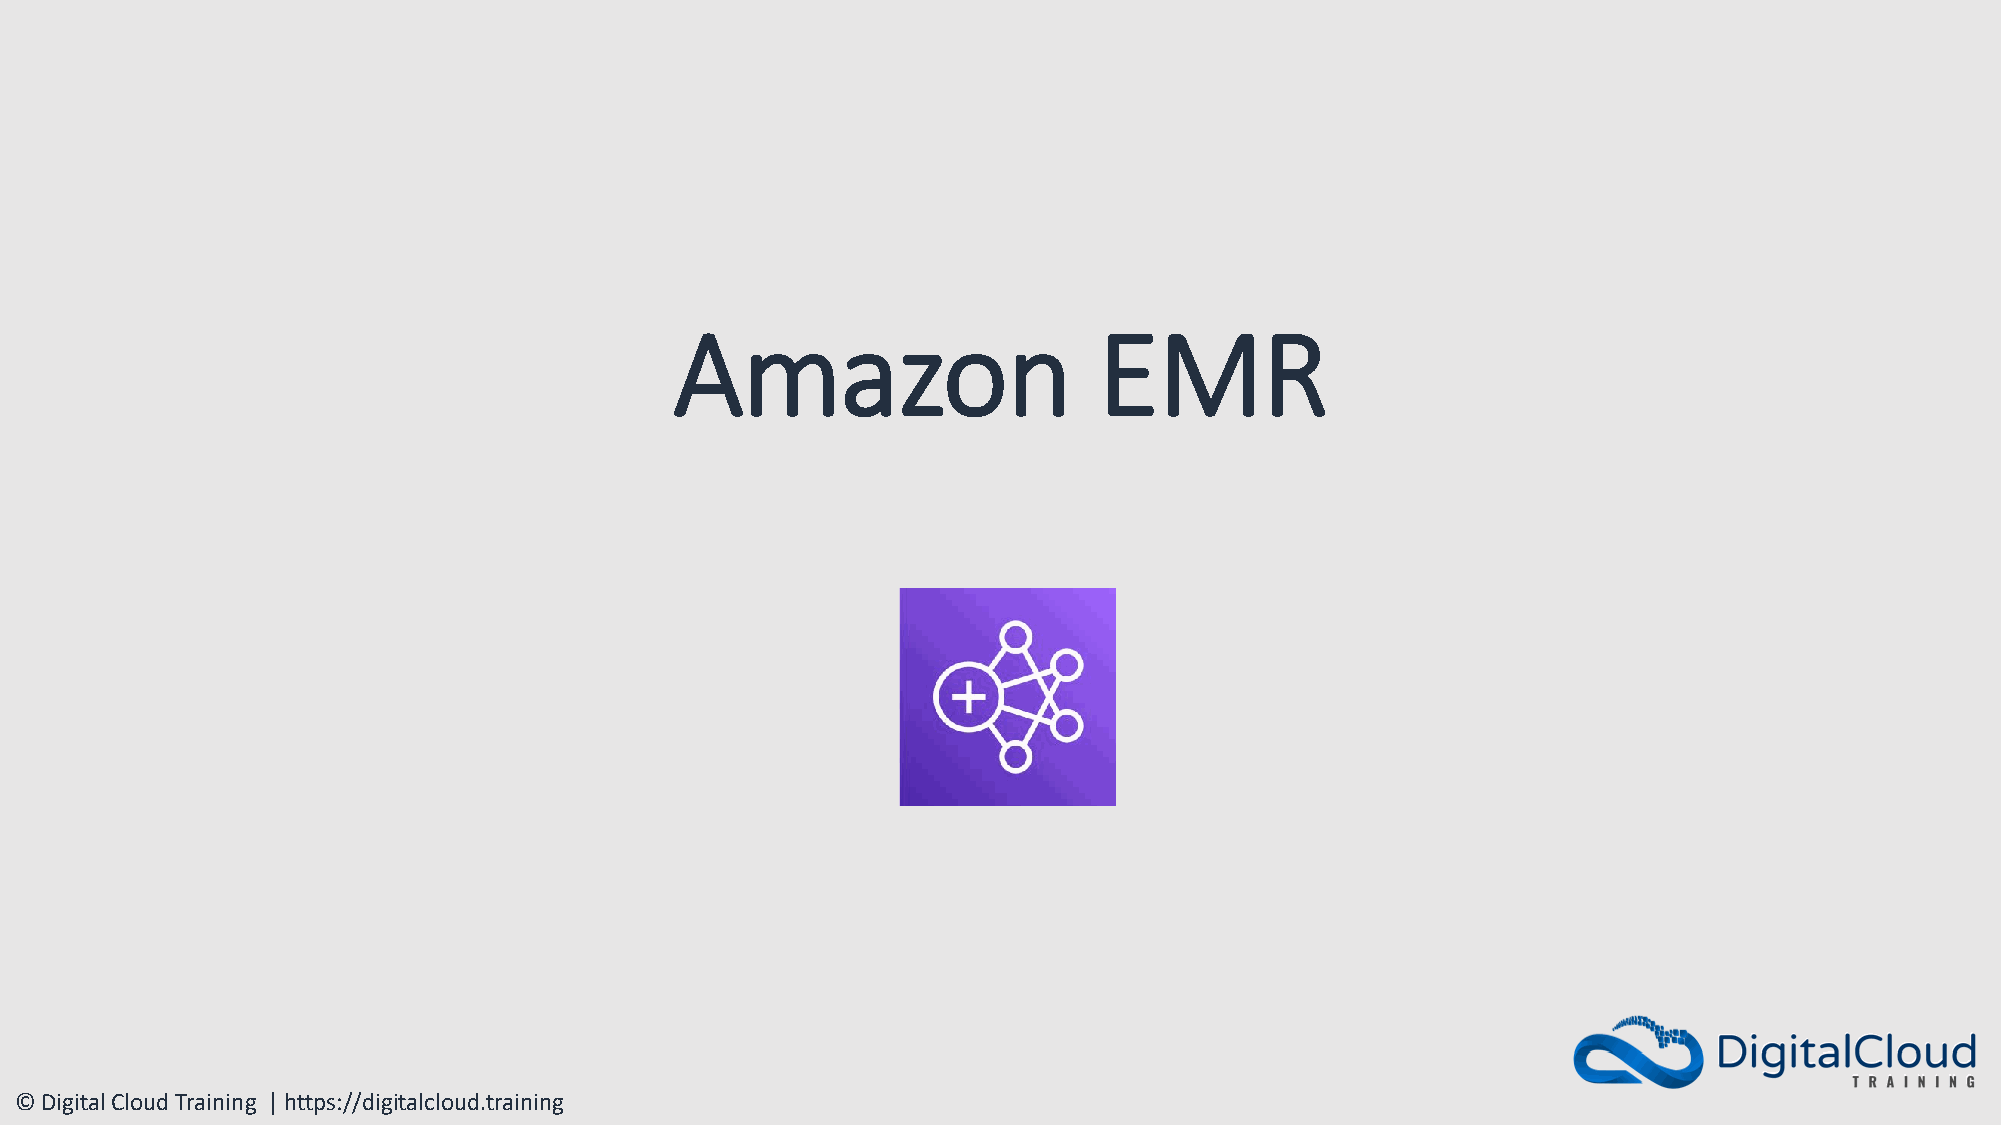
Amazon                      EMR
 © Digital Cloud Training | https://digitalcloud.training